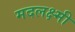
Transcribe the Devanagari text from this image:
मदलक्ष्मी